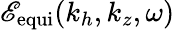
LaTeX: \mathscr{E}_{\mathrm{{equi}}}(k_{h},k_{z},\omega)